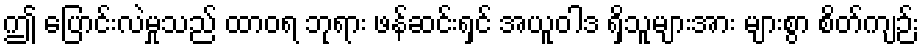
ဤ ပြောင်းလဲမှုသည် ထာဝရ ဘုရား ဖန်ဆင်းရှင် အယူဝါဒ ရှိသူများအား များစွာ စိတ်ကျဉ်း